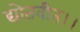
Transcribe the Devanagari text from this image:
द्योतवीत।।